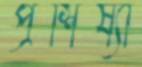
প্রশিষ্যা